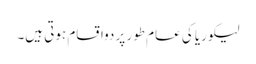
لیکوریا کی عام طور پر دواقسام ہوتی ہیں۔